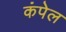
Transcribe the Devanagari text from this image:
कंपेल